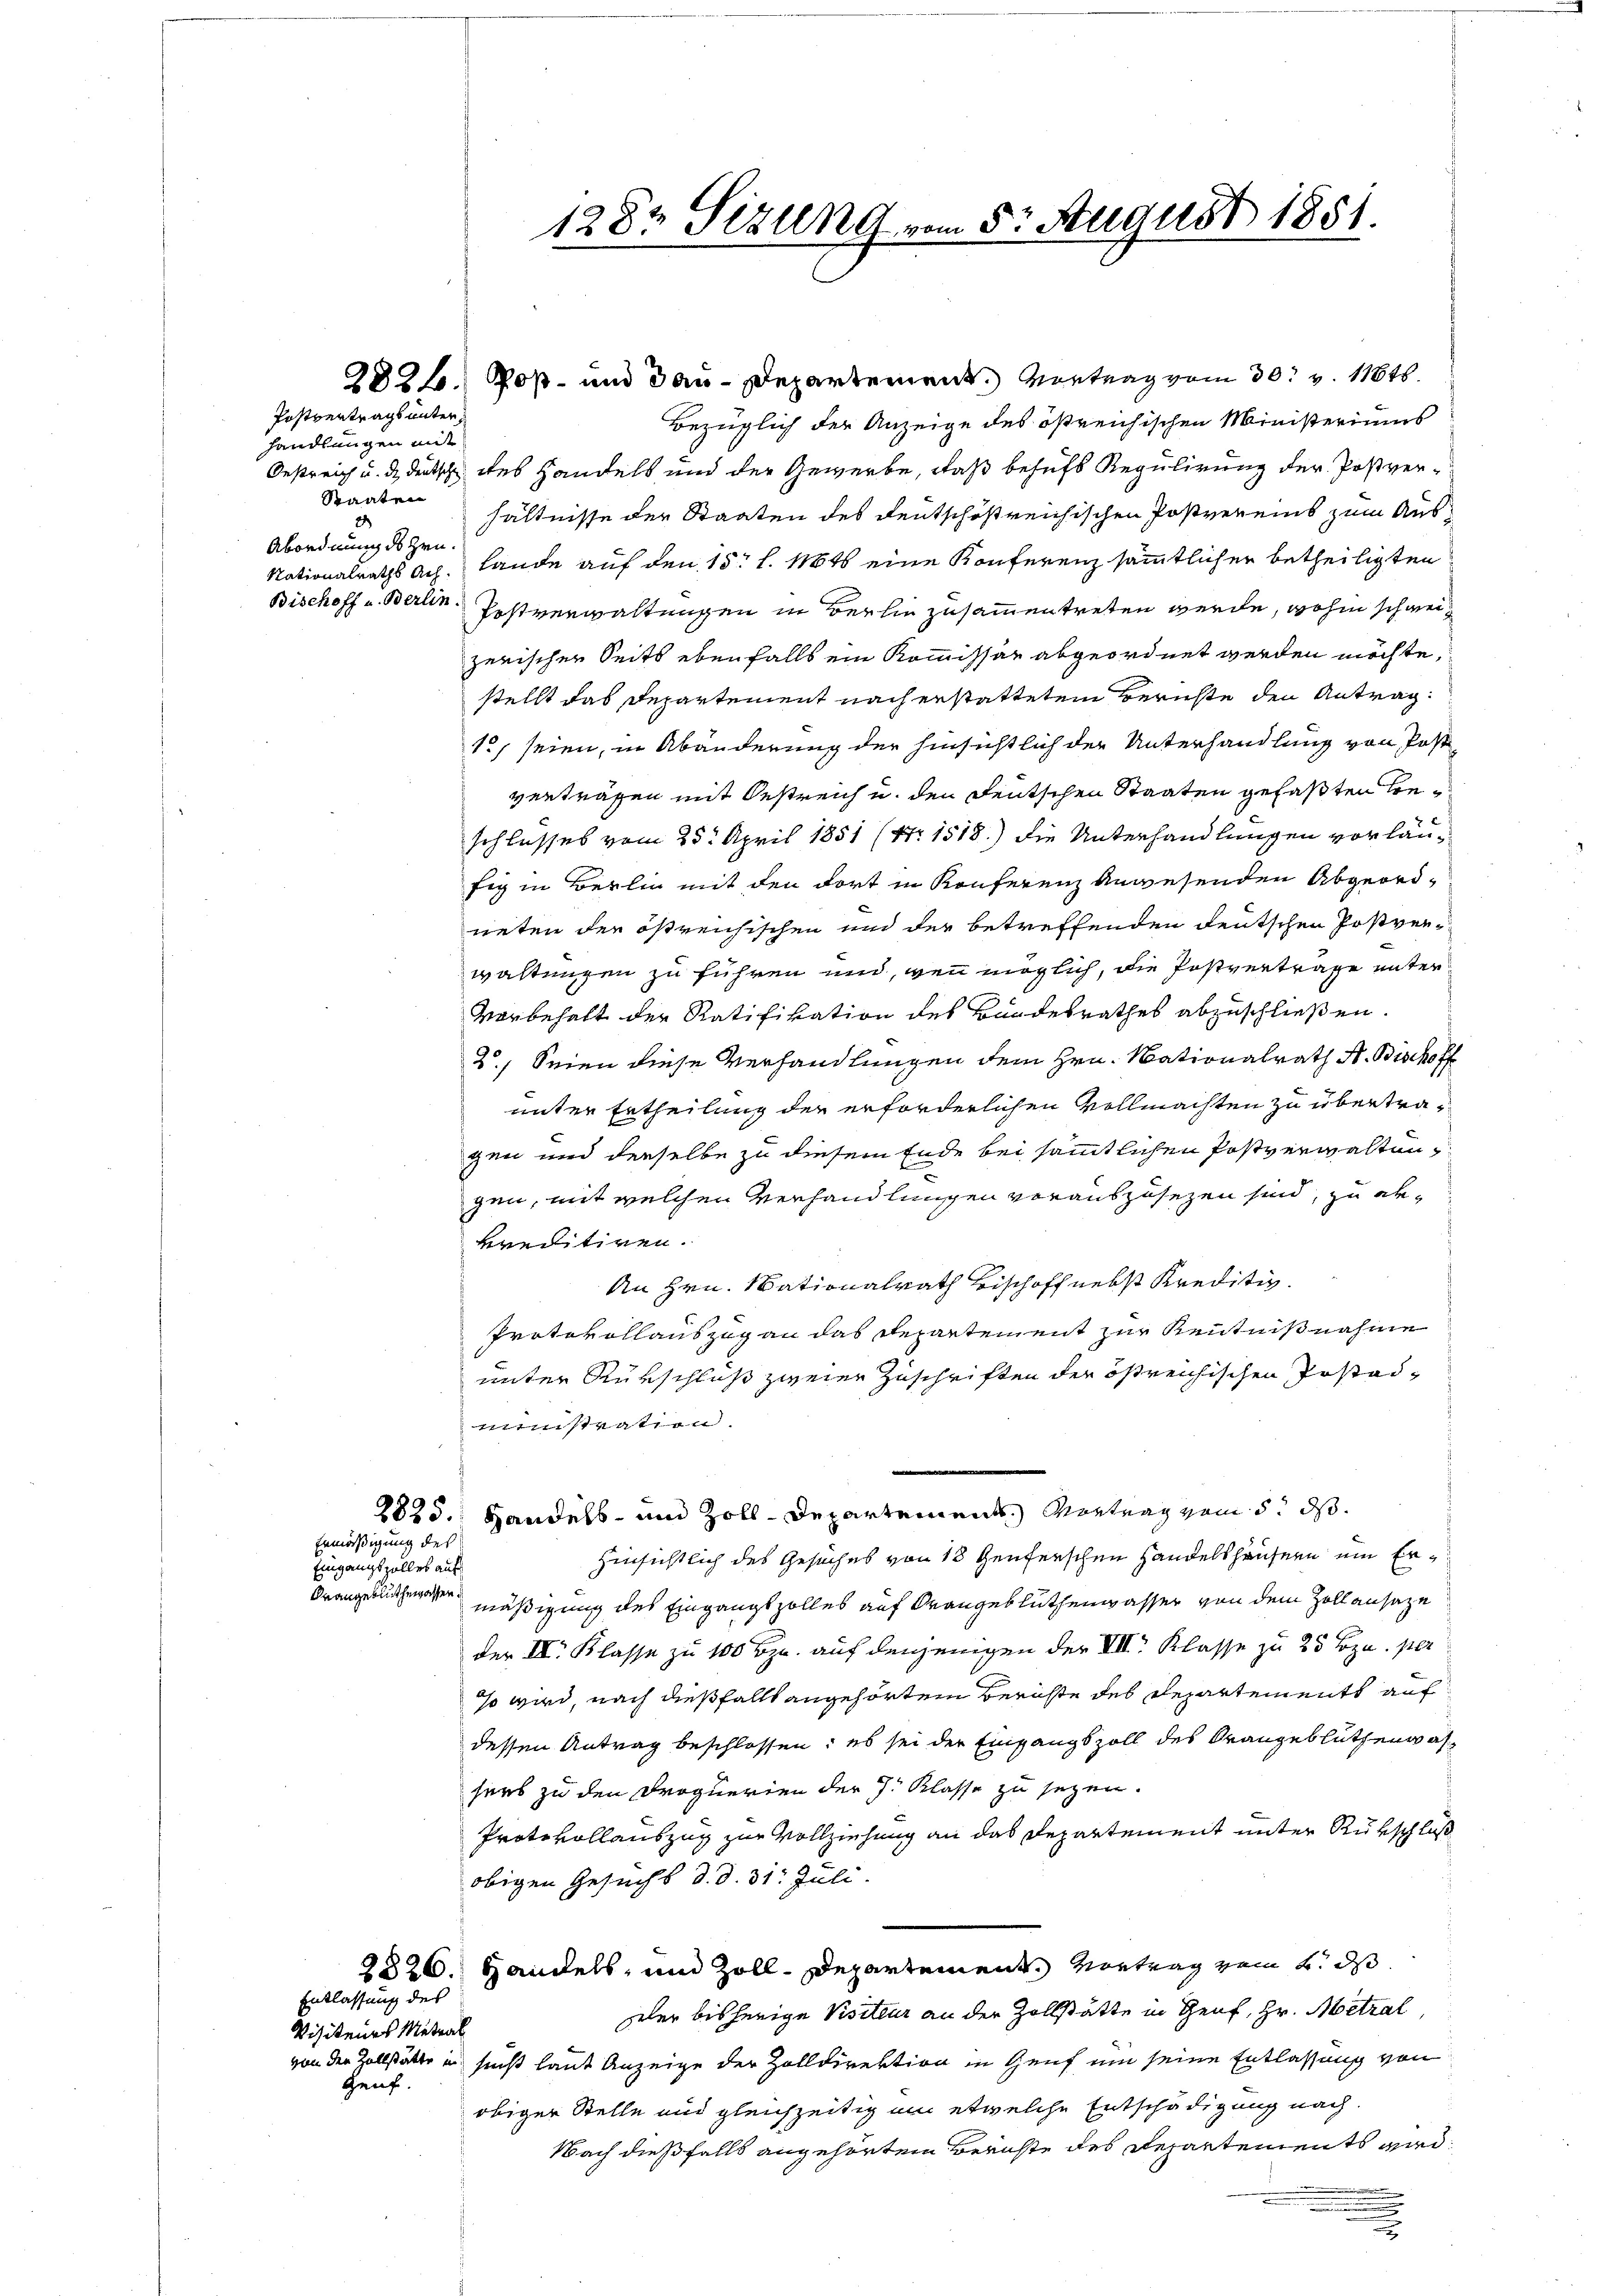
Postvertrags unterhandlungen mit
Staaten
1
Abordnung des Hrn.

Eingangszolles auf
Grangeblüthemassen.

Genf.

2826. Poß- und Bau-Departement. Vortrag vom 30. v. 11845.
Bezüglich der Anzeige des östreichischen Ministeriums
Oestreich u. de deutsche des Handels und der Gewerbe, daß behufs Regulirung der Postverhältnisse der Staaten des deutschöstreichischen Postvereins zum Aus¬
Nationalraths ach Lande auf den 15t l. 1848 eine Konferenz sämmtlicher betheiligten
Bischoff u Berlin Postverwaltungen in Berhin zusammentreten werde, wohin schweizerischer Seits ebenfalls ein Kommissär abgeordnet werden möchte,
stellt das Departement nach erstatteten Berichte den Antrag¬
1 seien, in Abänderung der hinsichtlich der Unterhandlung von Post
verträgen mit Oestreich u. den deutschen Staaten gefaßten Beschlusses vom 25. April 1851 (Nr. 1518.) Die Unterhandlungen vorläufig in Berlin mit den dort in Konferenz anwesenden Abgeordneten der östreichischen und der betreffenden deutschen Postverwaltungen zu führen und, wenn möglich, die Postvertrage unter¬
Vorbehalt der Ratifikation des Bundesrathes abzuschließen.
2.) Seien diese Verhandlungen dem Hrn. Nationalrath A. Bischoff
unter Ertheilung der erforderlichen Vollmachten zu übertragen und derselbe zu diesem Ende bei sämmtlichen Postverwaltungen, mit welchen Verhandlungen vorauszusezen sind, zu erkreditiren.
An Hrn. Nationalrath Bischoff nebst Kreditiv.
Protokollauszug an das Repartement zur Kenntnißnahme
unter Rürschluß zweier Zuschriften der östreichischen Postadmiinistration.
2825. Handels- und Zoll-Departements Vortrag vom 5. ds.
hinsichtlich des Gesuches von 18 tenferschen Handelshäusern ein Ermäßigung des Eingangszolles auf Grangeblüthenwasser von dem Zollansaze
der III. Klasse zu 100 Bzn. auf denjenigen der VII. Klasse zu 25 Bzn. per
so wird, nach dießfallt angehörtem Berichte des Departements auf
dessen Antrag beschlossen; es sei der Eingangszoll des Orangeblüthenwassees zu den Proquerien der J. Klasse zu sezen.
Protokollauszug zur Vollziehung an das Departement unter Rükschluß
obigen Gesucht d. d. 31. Juli.
2826. Handels, und Zoll-Departement. Vortrag vom 2. ds
der bisherige Visiteur an der Zollstätte in Genf, Hr. Metzal
von den Zollstätte in seist laut Anzeige der Zolldirektion in Genf um seine Entlassung von
obiger Stelle und gleichzeitig um etwelche Entschädigung nach
Nach dießfalls angehörtem Berichte des Departements wird
.
m
.

Enmäßigung des

Entlassung des
Visiteurs Matral

2
128. Sizung vom 5. August 1851.